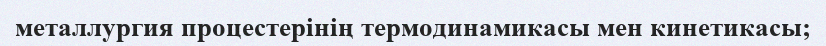
металлургия процестерінің термодинамикасы мен кинетикасы;